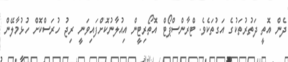
ދެން އޮތީ ދަތުރުތަކުގެ އަގުތަކެވެ. ޓްރާންސްޕޯޓް އޮތޯރިޓީން އިއުލާނުކޮށްފައިވަނީ ރިޖު ހުރަސްކޮށް ހުޅުމާލޭން